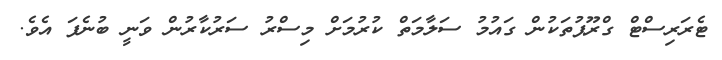
ޓެރަރިސްޓް ގްރޫޕުތަކުން ގައުމު ސަލާމަތް ކުރުމަށް މިސްރު ސަރުކާރުން ވަނީ ބުނެފަ އެވެ.